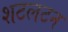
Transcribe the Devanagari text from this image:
शटलटन